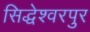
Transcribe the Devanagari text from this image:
सिद्धेश्वरपुर